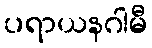
ပရာယနဂါမီ